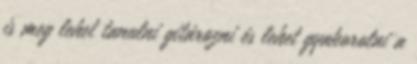
is meg lehet tanulni gitározni és lehet gyakorolni a